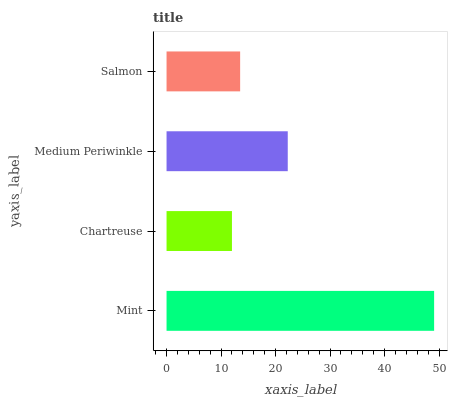
| yaxis_label | bars |
 | --- | --- |
 | Mint | 49.1 |
 | Chartreuse | 12 |
 | Medium Periwinkle | 22.2 |
 | Salmon | 13.5 |